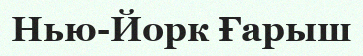
Нью-Йорк Ғарыш